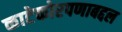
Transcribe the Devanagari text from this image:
काटेकोरपणाबद्दल